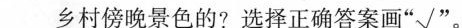
乡村傍晚景色的?选择正确答案画”√”。